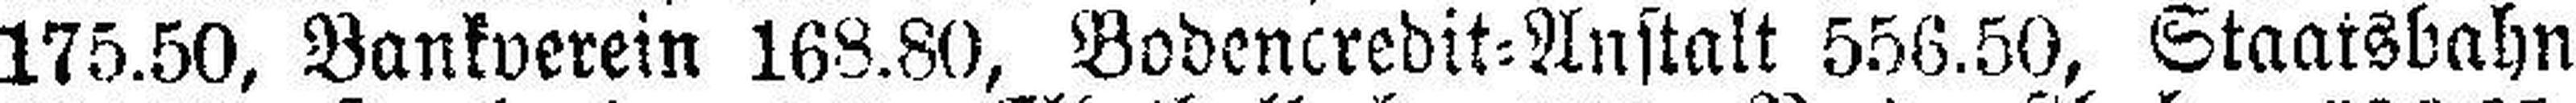
175.50, Bankverein 168.80, Bodencredit=Anstalt 556.50, Staatsbahn